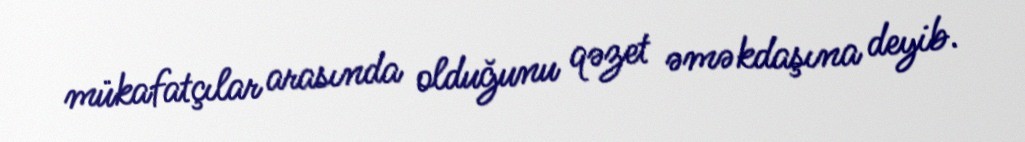
mükafatçılar arasında olduğunu qəzet əməkdaşına deyib.